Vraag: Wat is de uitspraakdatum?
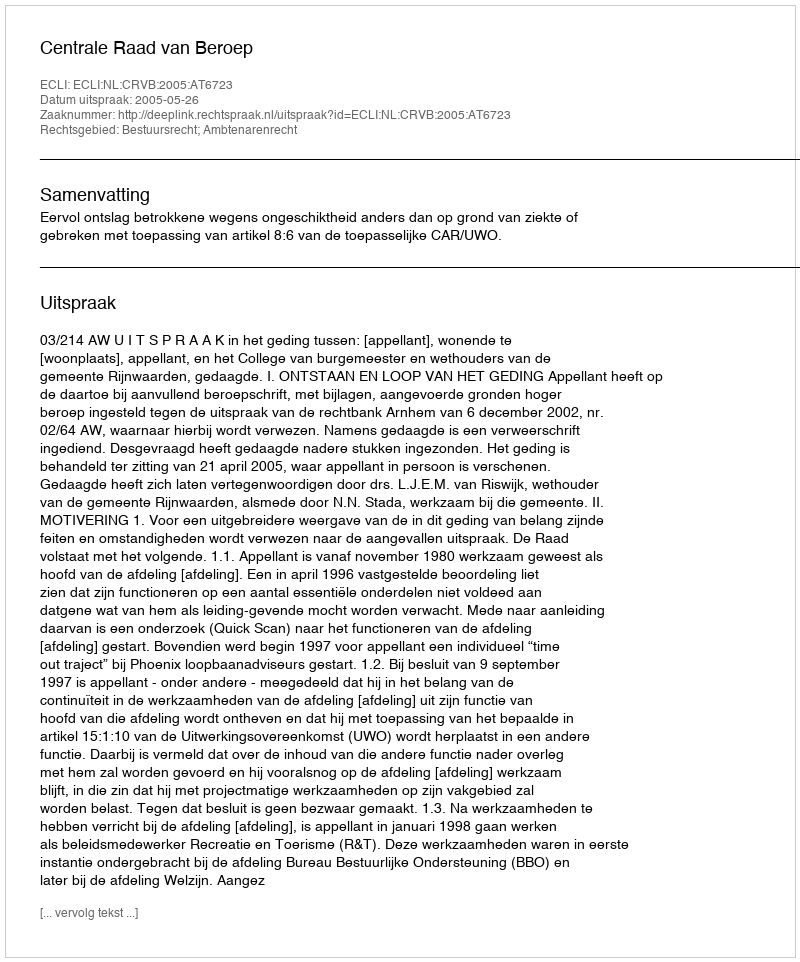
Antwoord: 2005-05-26